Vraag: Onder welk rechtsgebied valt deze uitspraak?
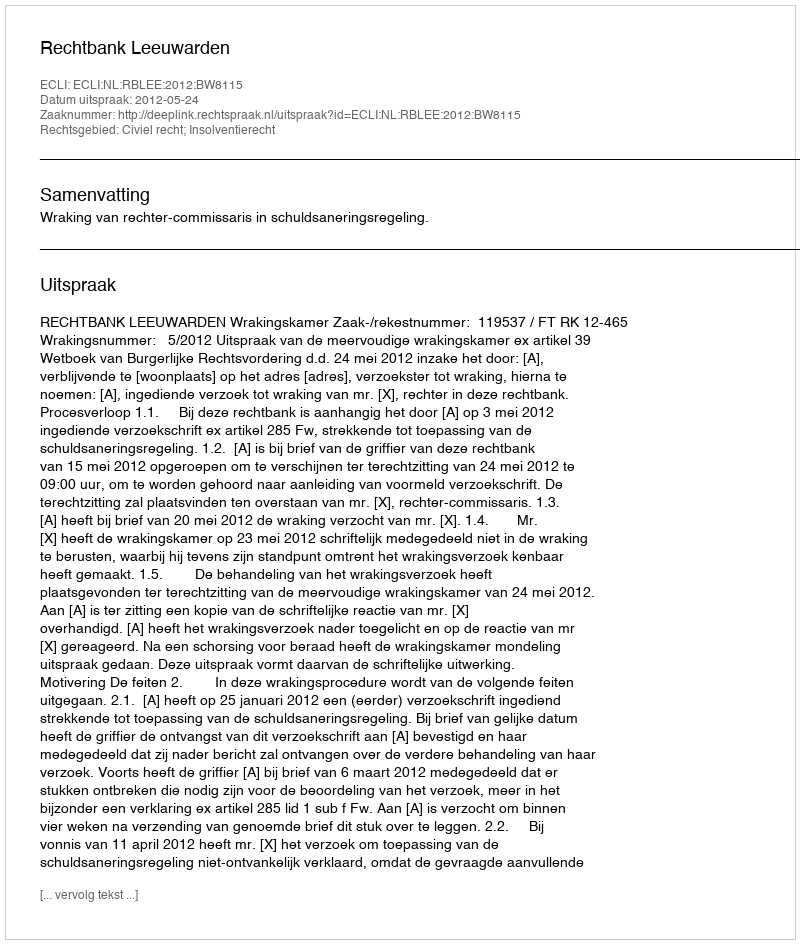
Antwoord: Civiel recht; Insolventierecht